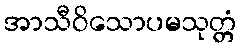
အာသီဝိသောပမသုတ္တံ